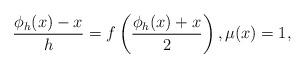
LaTeX: \begin{align*}\frac{\phi_h(x)-x}{h} = f\left(\frac{\phi_h(x)+x}{2}\right), \mu(x)=1,\end{align*}